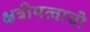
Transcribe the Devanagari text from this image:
क्षत्रीयत्वाची